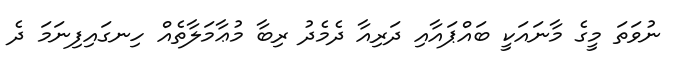
ނުވަތަ މީގެ މާނައަކީ ބައްޕައާއި ދަރިއާ ދެމެދު ރިބާ މުޢާމަލާތެއް ހިނގައިފިނަމަ ދެ